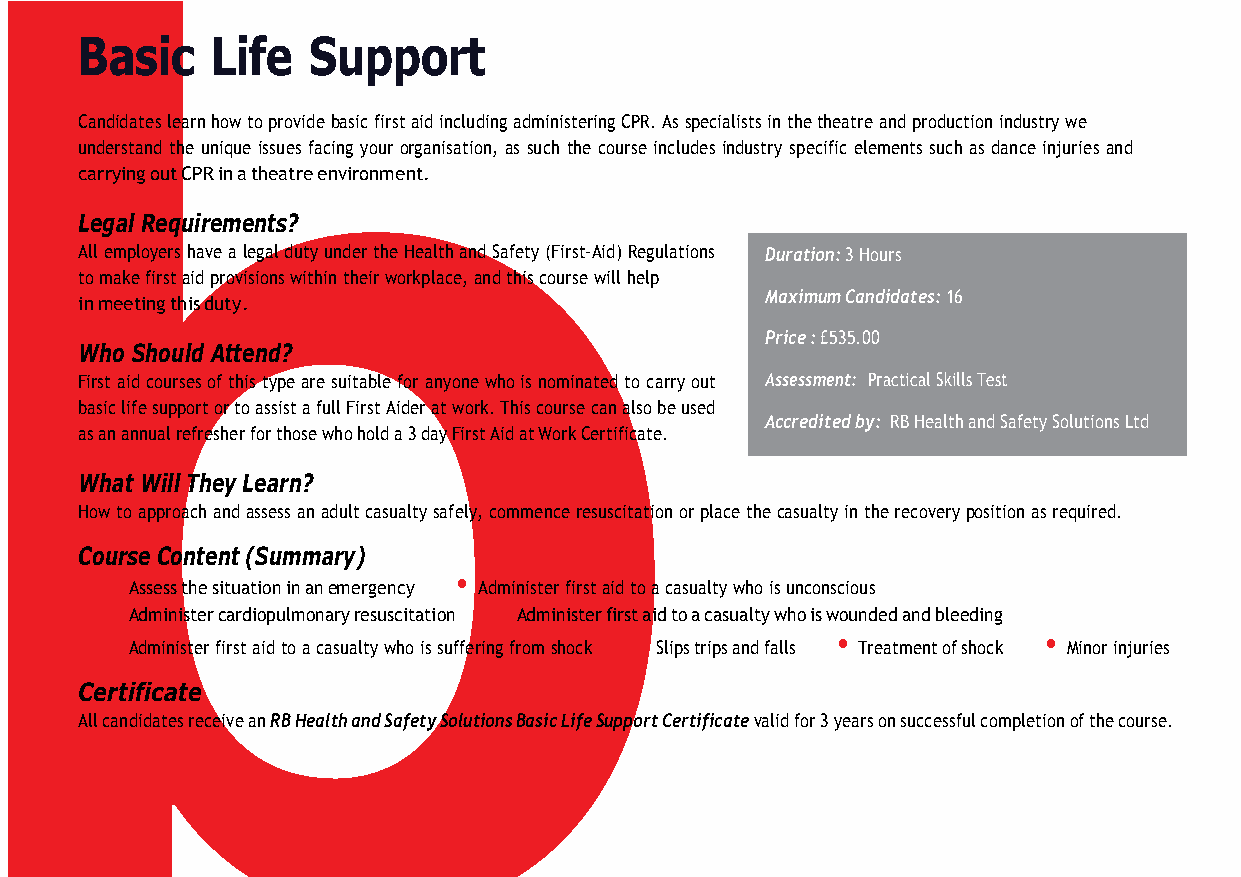
b
 Basic    Life  Support
 Candidates learn how to provide basic first aid including administering CPR. As specialists in the theatre and production industry we
 understand the unique issues facing your organisation, as such the course includes industry specific elements such as dance injuries and
 carrying out CPR in a theatre environment.
 Legal Requirements?
 All employers have a legal duty under the Health and Safety (First-Aid) Regulations Duration: 3 Hours
 to make first aid provisions within their workplace, and this course will help
 Maximum Candidates: 16
 in meeting this duty.
 Price : £535.00
 Who Should Attend?
 First aid courses of this type are suitable for anyone who is nominated to carry out Assessment: Practical Skills Test
 basic life support or to assist a full First Aider at work. This course can also be used
 Accredited by: RB Health and Safety Solutions Ltd
 as an annual refresher for those who hold a 3 day First Aid at Work Certificate.
 What Will They Learn?
 How to approach and assess an adult casualty safely, commence resuscitation or place the casualty in the recovery position as required.
 Course Content (Summary)
 •                      •
 Assess the situation in an emergency Administer first aid to a casualty who is unconscious
 •                         •
 Administer cardiopulmonary resuscitation Administer first aid to a casualty who is wounded and bleeding
 •                                  •            •             •
 Administer first aid to a casualty who is suffering from shock Slips trips and falls Treatment of shock Minor injuries
 Certificate
 All candidates receive an RB Health and Safety Solutions Basic Life Support Certificate valid for 3 years on successful completion of the course.